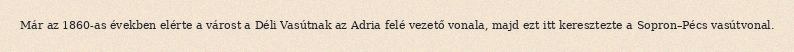
Már az 1860-as években elérte a várost a Déli Vasútnak az Adria felé vezető vonala, majd ezt itt keresztezte a Sopron–Pécs vasútvonal.